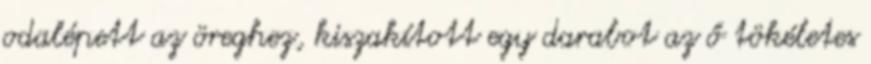
odalépett az öreghez, kiszakított egy darabot az ő tökéletes